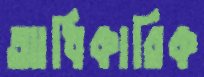
আধিকারিক